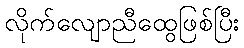
လိုက်လျောညီထွေဖြစ်ပြီး